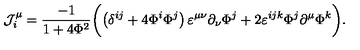
{ \cal J } _ { i } ^ { \mu } = \frac { - 1 } { 1 + 4 { \Phi } ^ { 2 } } \biggl ( \left( \delta ^ { i j } + 4 \Phi ^ { i } \Phi ^ { j } \right) \varepsilon ^ { \mu \nu } \partial _ { \nu } \Phi ^ { j } + 2 \varepsilon ^ { i j k } \Phi ^ { j } \partial ^ { \mu } \Phi ^ { k } \biggr ) .